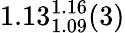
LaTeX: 1.13_{1.09}^{1.16}(3)